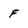
Character: f